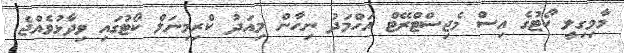
މާމިގިލީ ކޯޓުގެ އިސް މެޖިސްޓްރޭޓް އަހްމަދު ނިހާން މިއަދު ކްރިމިނަލް ކޯޓުގައި ވިދާޅުވެއްޖެ